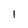
Character: 1